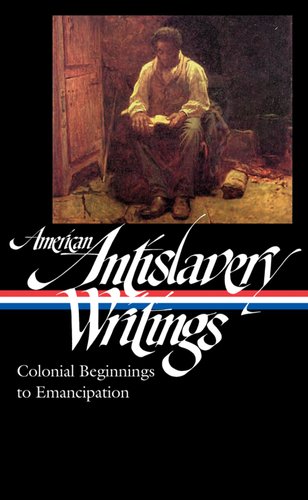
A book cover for American Antislavery Writings: Colonial Beginnings to Emancipation (Library of America); Various; History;